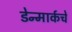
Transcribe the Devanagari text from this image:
डेन्मार्कचे